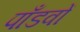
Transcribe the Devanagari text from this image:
पाँडवों